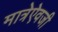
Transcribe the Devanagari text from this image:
मात्रेऐवजी